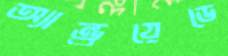
অ্যান্ড্রয়েডে